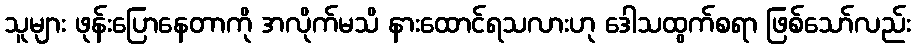
သူများ ဖုန်းပြောနေတာကို အလိုက်မသိ နားထောင်ရသလားဟု ဒေါသထွက်စရာ ဖြစ်သော်လည်း